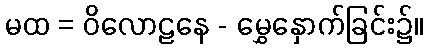
မထ = ဝိလောဠနေ - မွှေနှောက်ခြင်း၌။